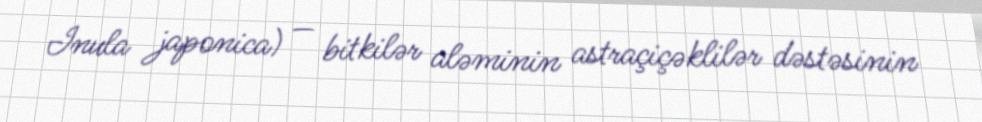
Inula japonica) — bitkilər aləminin astraçiçəklilər dəstəsinin